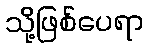
သို့ဖြစ်ပေရာ